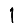
Digit: 1